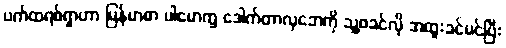
ပက်ထရစ်ရှာဟာ မြန်မာစာ ပါမောက္ခ ဒေါက်တာလှဘေကို သူ့ဖခင်လို အထူးခင်မင်ပြီး